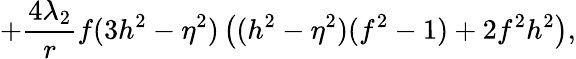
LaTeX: +\frac{4\lambda_{2}}{r}f(3h^{2}-\eta^{2})\left((h^{2}-\eta^{2})(f^{2}-1)+2f^{2}h^{2}\right),